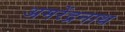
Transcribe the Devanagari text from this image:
अमरेंद्रनाथ